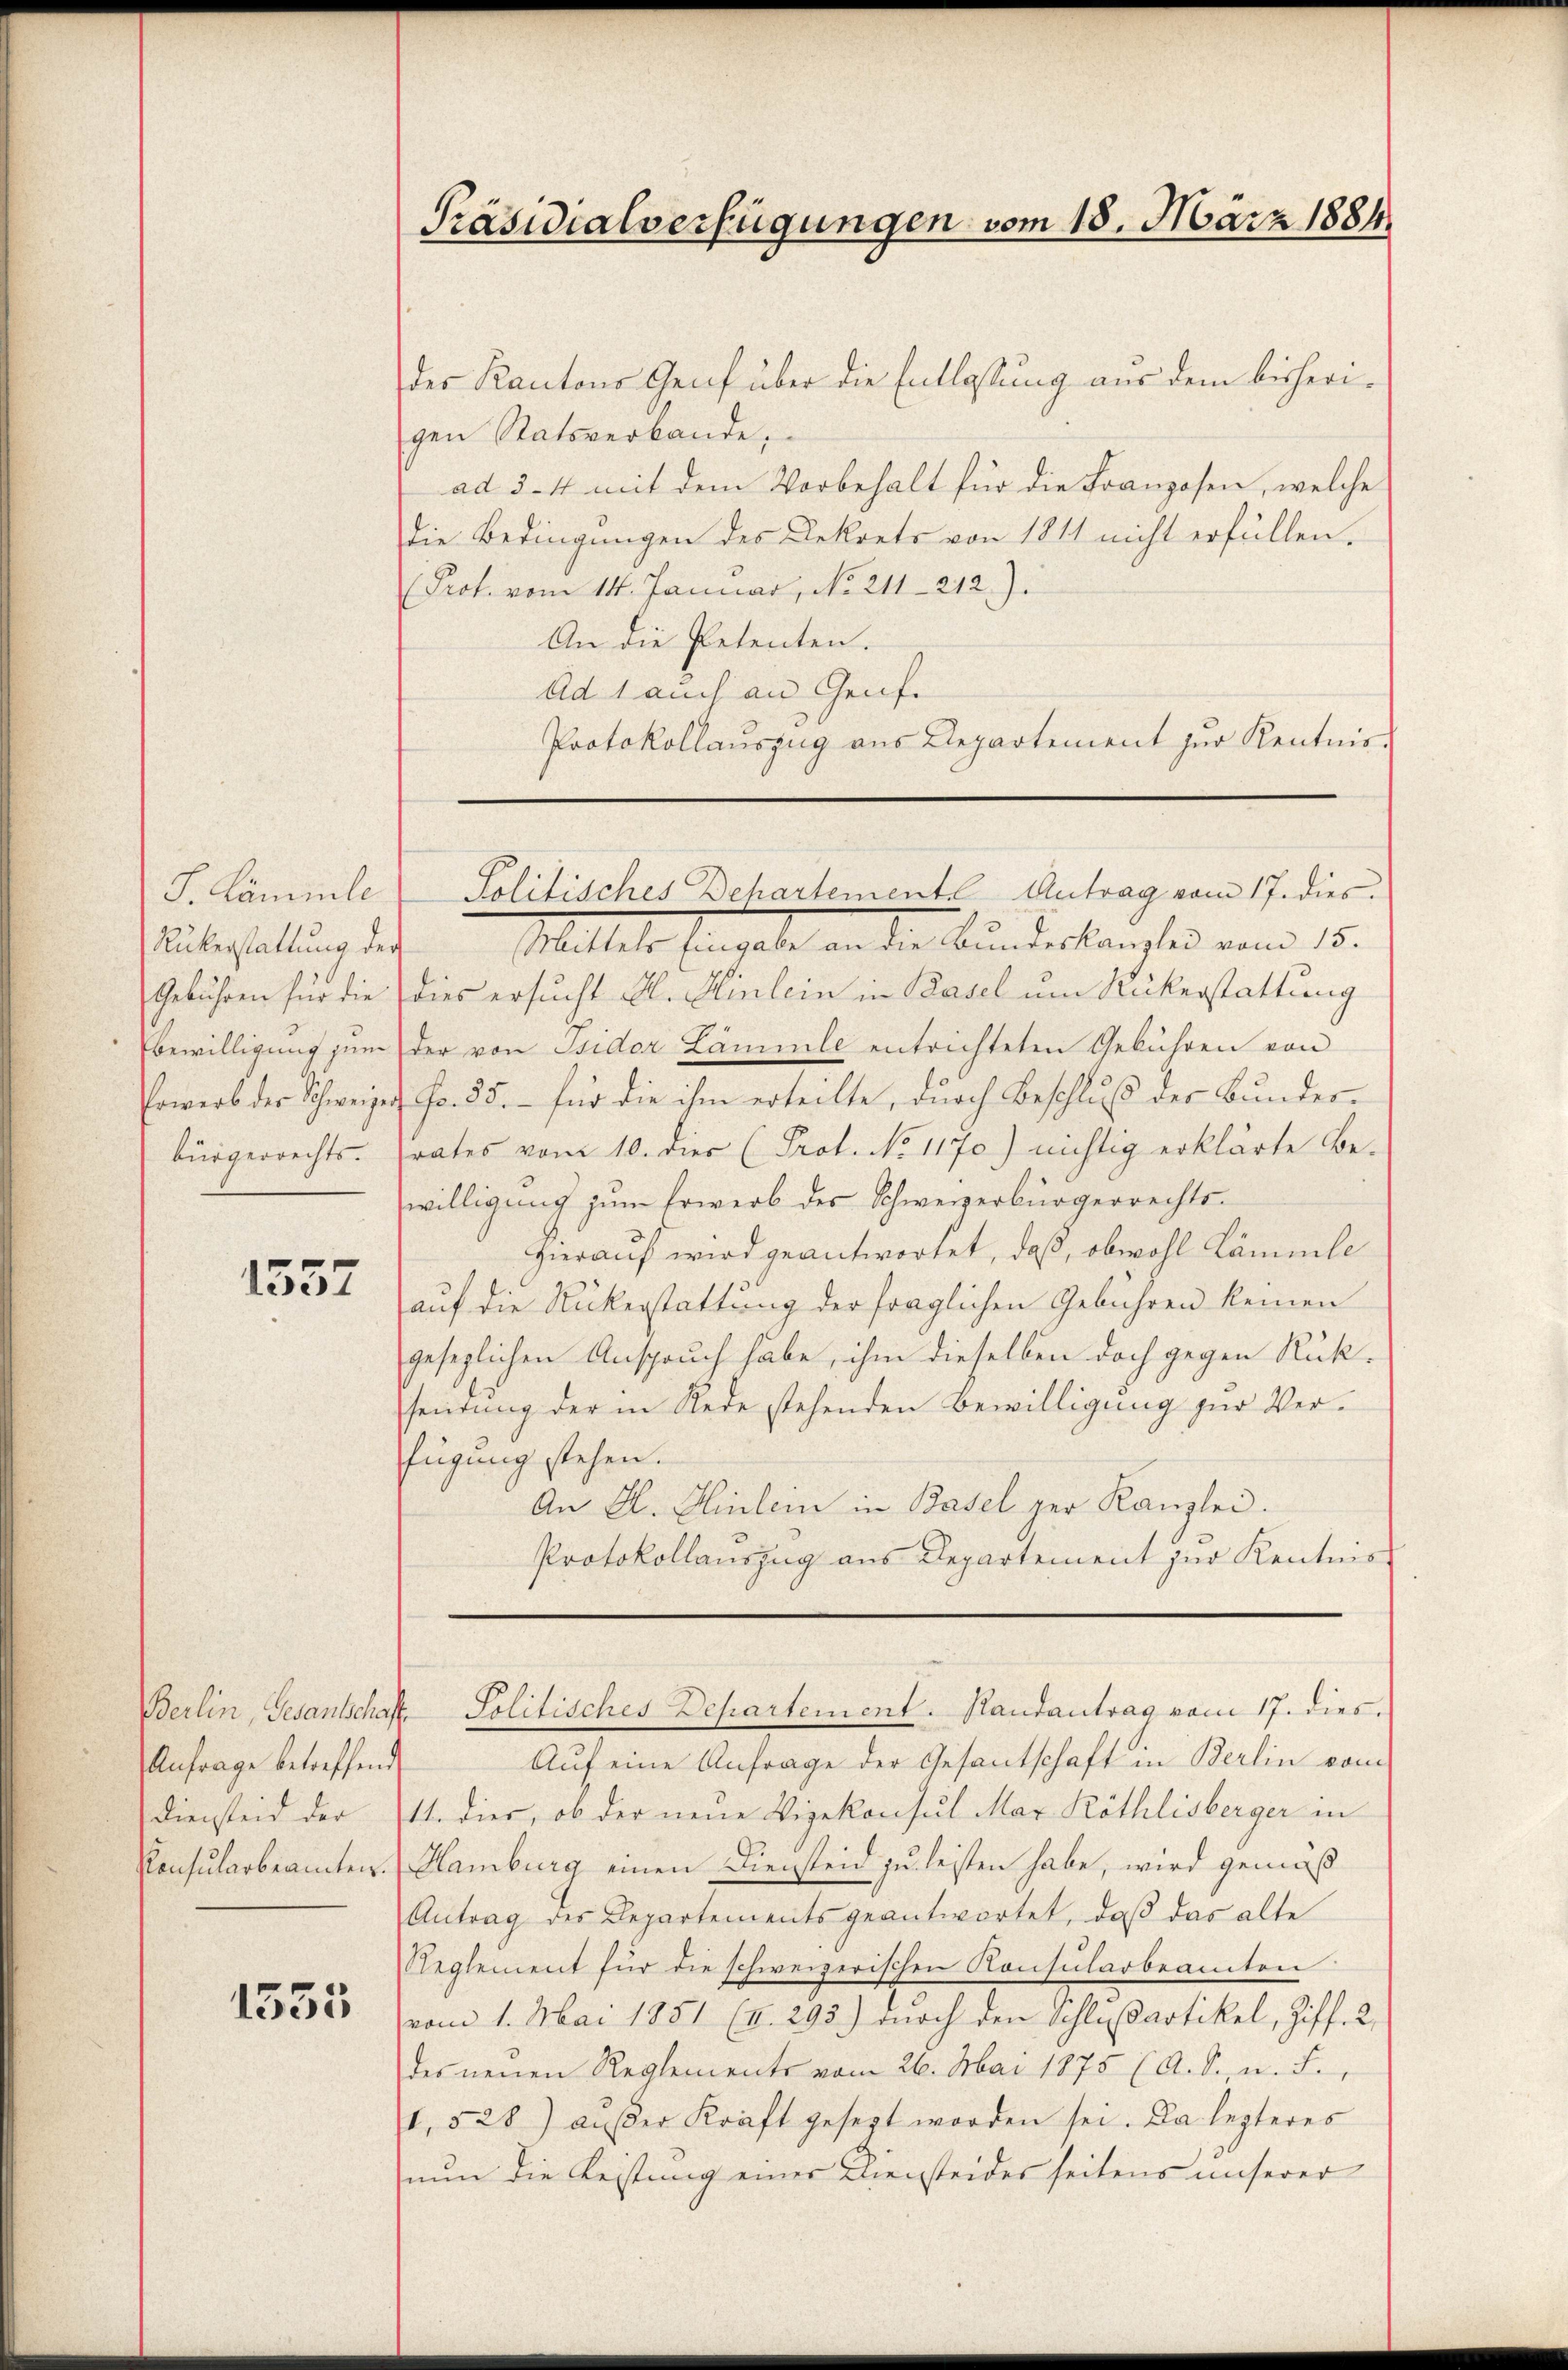
S. Lämmle
Rükerstaltung der
Gebühren für die
Ebewilligung zum
Erwerb der Schweizer
bürgerrechts.

1557

Anfrage betreffend
Konsularbeamten.

1535

Präsidialverfügungen vom 18. März 1884

des Kantons Genf über die Entlassung aus dem bisherigen Statsverbande,
ad 3-4 mit dem Vorbehalt für die Franzosen, welche
Die Bedingungen des Dekrets von 1811 nicht erfüllen.
Prof. vom 14. Januar, No. 211—212).
An die Petenten.
Ad 1 auch an Genf.
Protokollauszug aus Departement zur Kenntnis-

Mittels Eingabe an die Bundeskanzlei vom 15.
dies ersucht A. Hinlein in Basel um Rückerstattung
der von Isidor Lämmle entrichteten Gebühren von
 Fr. 55. – für die ihm erteilte, durch Beschluß der Bundesrates vom 10. dies (Prof. No 1170) nichtig erklärte Be-
willigŭng zum Erwerb des Schweizerbürgerrechts-
hierauf wird geantwortet, daß, obwohl Lämmle
auf die Rückerstattung der fraglichen Gebühren keinen
gesezlichen Anspruch habe, ihm dieselben doch gegen Rükheidung der in Rede stehenden Bewilligung zur Verfügung stehen.
An H. Hinlein in Basel der Kanzlei.
Protokollauszug aus Departement zur Kenntniss

Politisches Dehartemente Antrag vom 17. dies

Berlin, Gesantschaft Politisches Departement. Randantrag vom 17. dies

Auf eine Anfrage der Gesantschaft in Berlin vom
Diensteid der 111. dies, ob der neue Vizekonsul Mar. Röthlisberger in
Hamburg einen Diensteid zu leisten habe, wird gemäß
Antrag des Departements geantwortet, daß das alte
Reglement für die schweizerischen Konsularbeamten
vom 1. Mai 1851 (I. 293.) durch den Schlußartikel, Ziff. 2,
des neuen Reglements vom 26. Mai 1875 (A. S. u. F.,
1. 528) außer Kraft gesezt worden sei. Da lezteres
nun die Leistung einer Diensteides seitens unserer